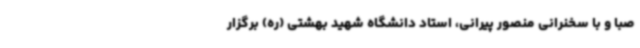
صبا و با سخنرانی منصور پیرانی، استاد دانشگاه شهید بهشتی (ره) برگزار